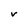
Character: V